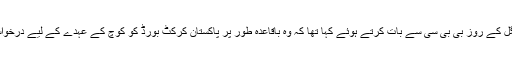
عاقب جاوید نے منگل کے روز بی بی سی سے بات کرتے ہوئے کہا تھا کہ وہ باقاعدہ طور پر پاکستان کرکٹ بورڈ کو کوچ کے عہدے کے لیے درخواست دینے والے ہیں۔